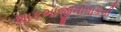
શાકભાજીનાપાકની